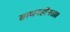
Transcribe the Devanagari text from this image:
साधनहीनता।